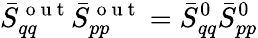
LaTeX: \bar{S}_{qq}^{\mathrm{~o~u~t~}}\bar{S}_{pp}^{\mathrm{~o~u~t~}}=\bar{S}_{qq}^{0}\bar{S}_{pp}^{0}